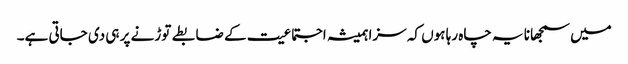
میں سمجھانا یہ چاہ رہا ہوں کہ سزا ہمیشہ اجتماعیت کے ضابطے توڑنے پر ہی دی جاتی ہے۔